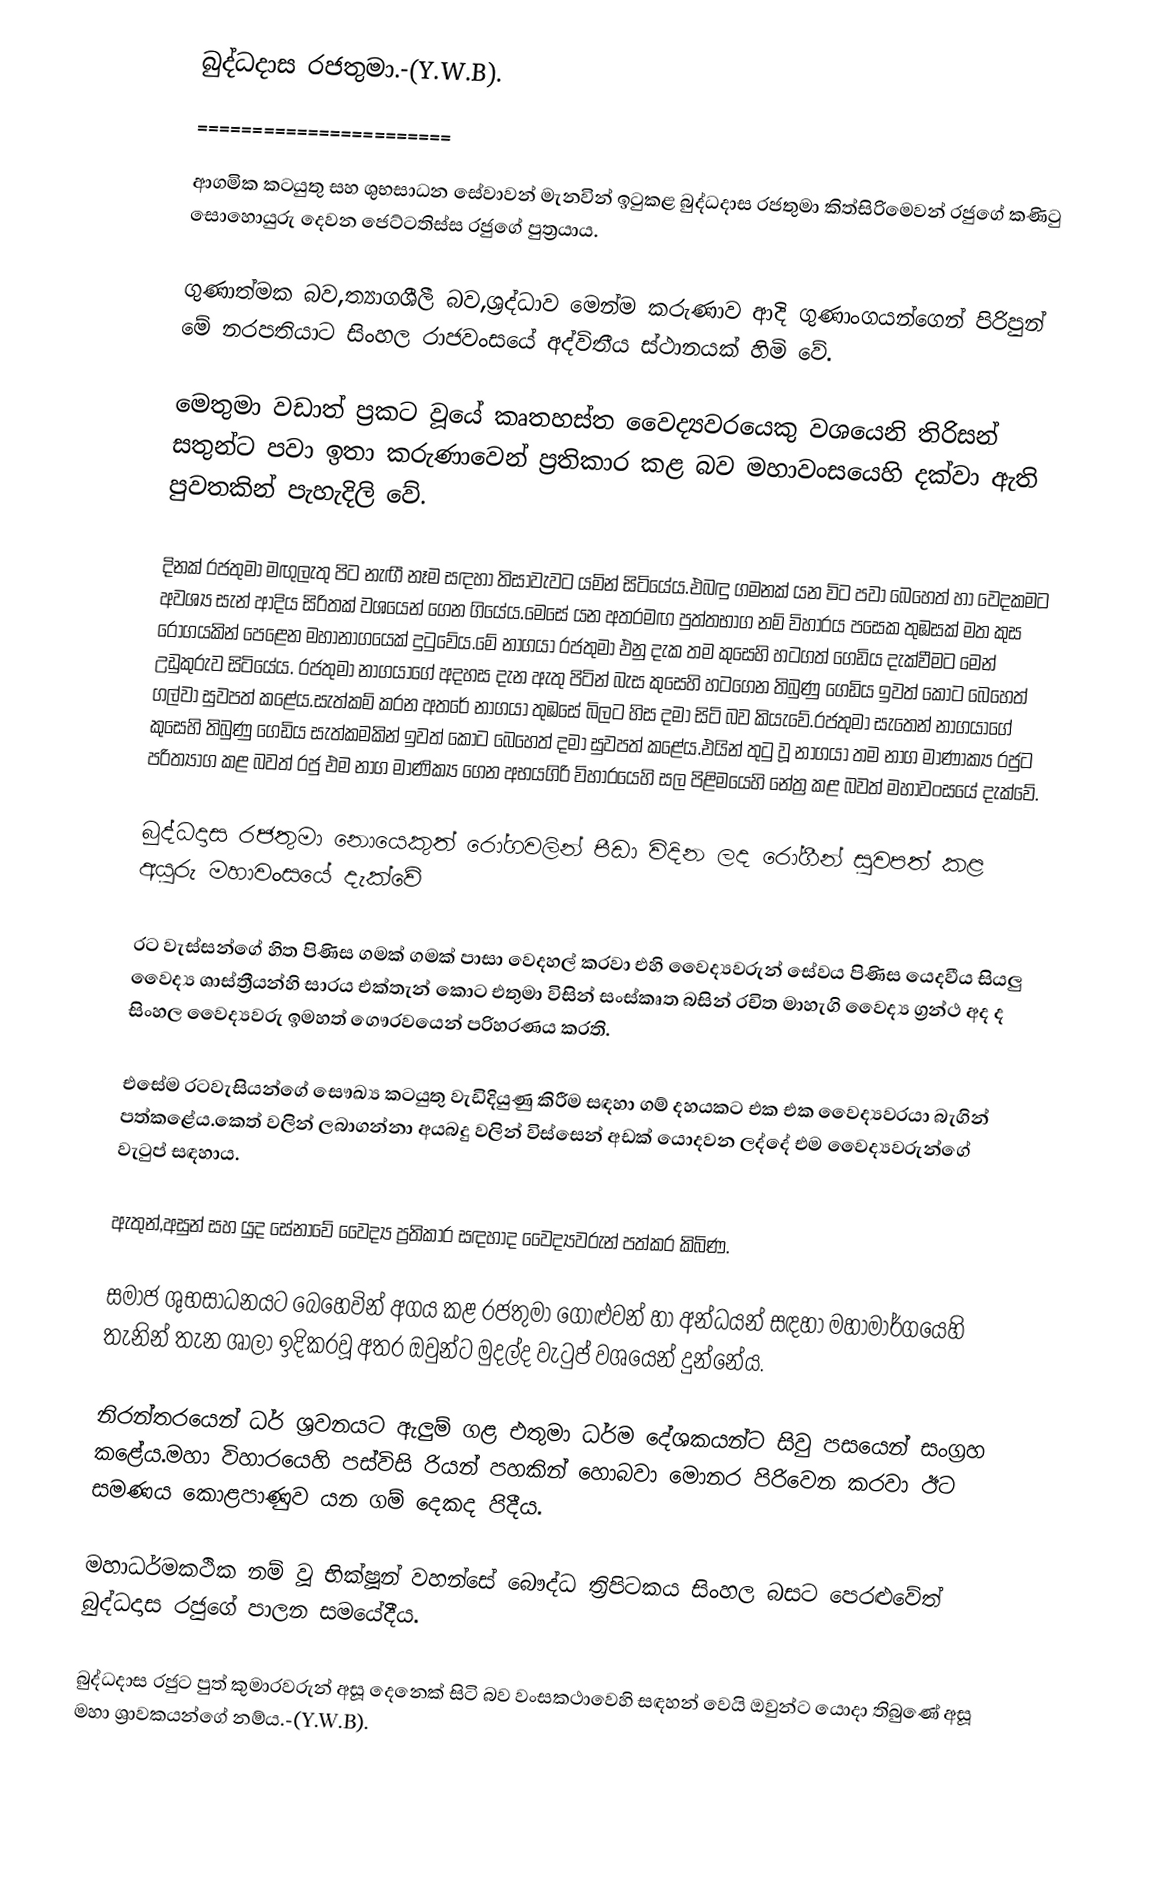
බුද්ධදාස රජතුමා.-(‍Y.W.B).
=======================

ආගමික කටයුතු සහ ශුභසාධන සේවාවන් මැනවින් ඉටුකළ බුද්ධදාස රජතුමා කිත්සිරිමෙවන් රජුගේ කණිටු සොහොයුරු දෙවන ජෙට්ටතිස්ස රජුගේ පුත්‍රයාය.

ගුණාත්මක බව,ත්‍යාගශීලී බව,ශ්‍රද්ධාව මෙන්ම කරුණාව ආදි ගුණාංගයන්ගෙන් පිරිපුන් මේ නරපතියාට සිංහල රාජවංසයේ අද්විතීය ස්ථානයක් හිමි වේ.

මෙතුමා වඩාත් ප්‍රකට වූයේ කෘතහස්ත වෛද්‍යවරයෙකු වශයෙනි තිරිසන් සතුන්ට පවා ඉතා කරුණාවෙන් ප්‍රතිකාර කළ බව මහාවංසයෙහි දක්වා ඇති පුවතකින් පැහැදිලි වේ.

දිනක් රජතුමා මඟුලැතු පිට නැඟී නෑම සඳහා තිසාවැවට යමින් සිටියේය.එබඳු ගමනක් යන විට පවා බෙහෙත් හා වෙදකමට අවශ්‍ය සැන් ආදිය සිරිතක් වශයෙන් ගෙන ගියේය.මෙසේ යන අතරමඟ පුත්තභාග නම් විහාරය පසෙක තුඹසක් මත කුස රෝගයකින් පෙළෙන මහානාගයෙක් දුටුවේය.මේ නාගයා රජතුමා එනු දැක තම කුසෙහි හටගත් ගෙඩිය දැක්වීමට මෙන් උඩුකුරුව සිටියේය. රජතුමා නාගයාගේ අදහස දැන ඇතු පිටින් බැස කුසෙහි හටගෙන තිබුණු ගෙඩිය ඉවත් කොට බෙහෙත් ගල්වා සුවපත් කළේය.සැත්කම් කරන අතරේ නාගයා තුඹසේ බිලට හිස දමා සිටි බව කියැවේ.රජතුමා සැතෙන් නාගයාගේ කුසෙහි තිබුණු ගෙඩිය සැත්කමකින් ඉවත් කොට බෙහෙත් දමා සුවපත් කළේය.එයින් තුටු වූ නාගයා තම නාග මාණාක්‍ය රජුට පරිත්‍යාග කළ බවත් රජු එම නාග මාණික්‍ය ගෙන අභයගිරි විහාරයෙහි සල පිළිමයෙහි නේත්‍ර කළ බවත් මහාවංසයේ දැක්වේ.

බුද්ධදාස රජතුමා නොයෙකුත් රෝගවලින් පීඩා විදින ලද රෝගීන් සුවපත් කළ අයුරු මහාවංසයේ දැක්වේ

රට වැස්සන්ගේ හිත පිණිස ගමක් ගමක් පාසා වෙදහල් කරවා එහි වෛද්‍යවරුන් සේවය පිණිස යෙදවීය සියලු වෛද්‍ය ශාස්ත්‍රීයන්හි සාරය එක්තැන් කොට එතුමා විසින් සංස්කෘත බසින් රචිත  මාහැගි වෛද්‍ය ග්‍රන්ථ අද ද සිංහල වෛද්‍යවරු ඉමහත් ගෞරවයෙන් පරිහරණය කරති.

එසේම රටවැසියන්ගේ සෞඛ්‍ය කටයුතු වැඩිදියුණු කිරීම සඳහා ගම් දහයකට එක එක වෛද්‍යවරයා බැගින් පත්කළේය.කෙත් වලින් ලබාගන්නා අයබදු වලින් විස්සෙන් අඩක් යොදවන ලද්දේ එම වෛද්‍යවරුන්ගේ වැටුප් සඳහාය.

ඇතුන්,අසුන් සහ යුද සේනාවේ වෛද්‍ය ප්‍රතිකාර සඳහාද වෛද්‍යවරුන් පත්කර කිබිණ.

සමාජ ශුභසාධනයට බෙහෙවින් අගය කළ රජතුමා ගොළුවන් හා අන්ධයන් සඳහා මහාමාර්ගයෙහි තැනින්  තැන ශාලා ඉදිකරවූ අතර ඔවුන්ට මුදල්ද වැටුප් වශයෙන් දුන්නේය.

නිරන්තරයෙන් ධර් ශ්‍රවනයට ඇලුම් ගළ එතුමා ධර්ම දේශකයන්ට සිවු පසයෙන් සංග්‍රහ කළේය.මහා විහාරයෙහි පස්විසි රියන් පහකින් හොබවා මොනර පිරිවෙන කරවා ඊට සමණය කොළපාණුව යන ගම් දෙකද පිදීය.

මහාධර්මකථික නම් වූ භික්ෂූන් වහන්සේ බෞද්ධ ත්‍රිපිටකය සිංහල බසට පෙරළුවේත් බුද්ධදාස රජුගේ පාලන සමයේදීය.

බුද්ධදාස රජුට පුත් කුමාරවරුන් අසූ දෙනෙක් සිටි බව වංසකථාවෙහි සඳහන් වෙයි  ඔවුන්ට යොදා තිබුණේ අසූ මහා ශ්‍රාවකයන්ගේ නම්ය.-(‍Y.W.B).